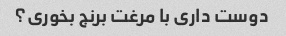
دوست داری با مرغت برنج بخوری؟